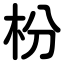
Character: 枌